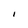
Character: I